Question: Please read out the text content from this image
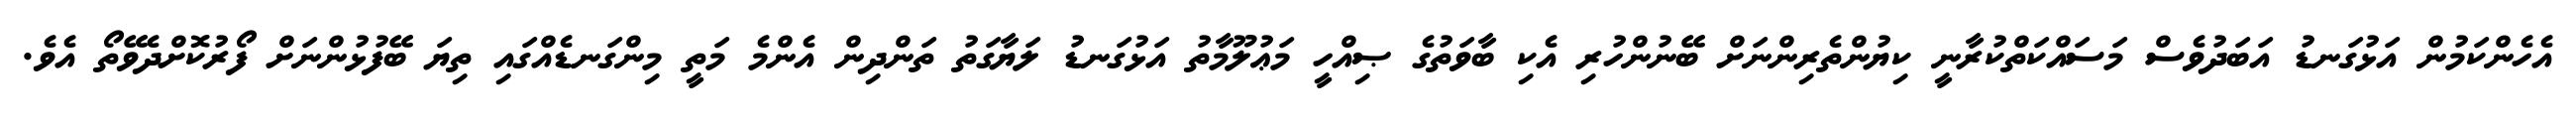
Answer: އެހެންކަމުން އަޅުގަނޑު އަބަދުވެސް މަސައްކަތްކުރާނީ ކިޔުންތެރިންނަށް ބޭނުންހުރި އެކި ބާވަތުގެ ޞިއްހީ މަޢުލޫމާތު އަޅުގަނޑު ލަޔާގަތު ތަންދިން އެންމެ މަތީ މިންގަނޑެއްގައި ތިޔަ ބޭފުޅުންނަށް ފޯރުކޮށްދެވޭތޯ އެވެ.